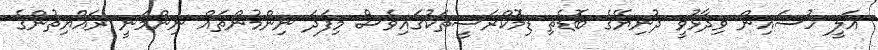
އަލީ ހުސައިން ވިދާޅުވީ ދުނިޔޭގެ ބޮޑެތި ޑިމޮކްރަސީތަކުގައިވެސް މިފަދަ ނިންމުންތައް ނިންމަނީ ރައްޔިތުންގެ